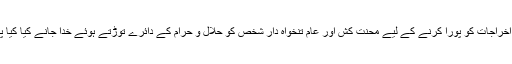
مگر ہمارے ہاں ایسا نہیں ہے، اس لیے اپنے ضروری اخراجات کو پورا کرنے کے لیے محنت کش اور عام تنخواہ دار شخص کو حلال و حرام کے دائرے توڑتے ہوئے خدا جانے کیا کیا پاپڑ بیلنے پڑتے ہیں تب کہیں وہ مہینہ پورا کر پاتا ہے۔